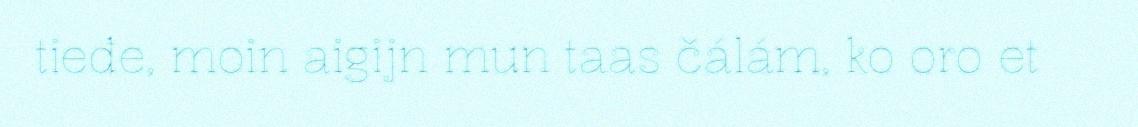
tieđe, moin aigijn mun taas čálám, ko oro et